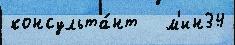
консульта́нт   м'ин34